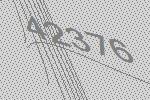
42376